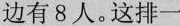
边有8人。这排一